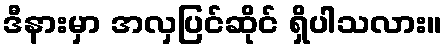
ဒီနားမှာ အလှပြင်ဆိုင် ရှိပါသလား။